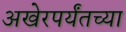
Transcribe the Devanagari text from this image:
अखेरपर्यंतच्या